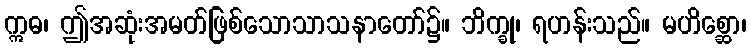
ဣဓ၊ ဤအဆုံးအမတ်ဖြစ်သောသာသနာတော်၌။ ဘိက္ခု၊ ရဟန်းသည်။ မဟိစ္ဆော၊